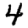
Digit: 4